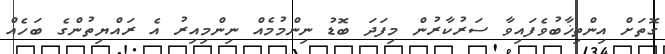
ގޮތަށް އިންތިޚާބުވެފައިވާ ސަރުކާރުން މިފަދަ ބޮޑު ނިންމުމެއް ނިންމިއިރު އެ ރައްޔިތުންގެ ބަހެއް